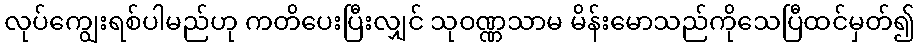
လုပ်ကျွေးရစ်ပါမည်ဟု ကတိပေးပြီးလျှင် သုဝဏ္ဏသာမ မိန်းမောသည်ကိုသေပြီထင်မှတ်၍